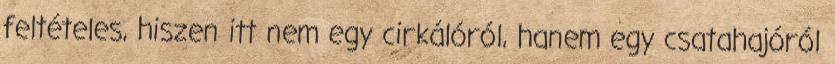
feltételes, hiszen itt nem egy cirkálóról, hanem egy csatahajóról